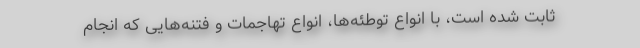
ثابت شده است، با انواع توطئه‌ها، انواع تهاجمات و فتنه‌هایی که انجام